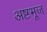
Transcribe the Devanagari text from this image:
अष्टभूज